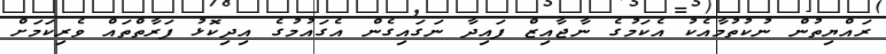
ރައްޔިތުން ނުކުތުމާއެކު އެކަމުގެ ނާޖާއިޒް ފައިދާ ނަގައިގެން އެގައުމުގެ އިދިކޮޅު ފަރާތްތައް ވެރިކަމަށް